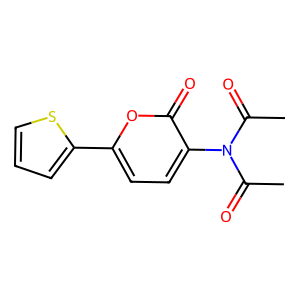
SMILES: CC(=O)N(C(C)=O)c1ccc(-c2cccs2)oc1=O
Inhibits HIV replication: No